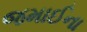
જમાઈના